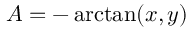
A = - \arctan ( x , y )